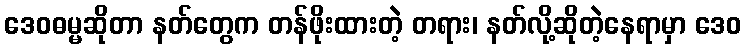
ဒေဝဓမ္မဆိုတာ နတ်တွေက တန်ဖိုးထားတဲ့ တရား၊ နတ်လို့ဆိုတဲ့နေရာမှာ ဒေဝ